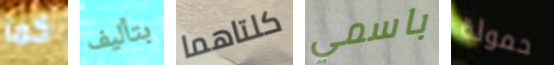
كما بتأليف كلتاهما باسمي حمولة